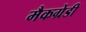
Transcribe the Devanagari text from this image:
मैकग्रेडी